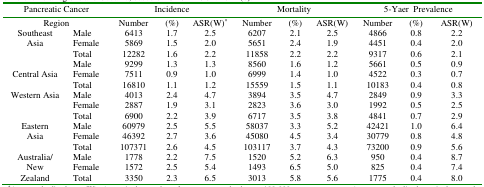
| <COLSPAN=2> Pancreatic Cancer | <COLSPAN=3> Incidence | <COLSPAN=3> Mortality | <COLSPAN=3> 5-Yaer Prevalence |
 | <COLSPAN=2> Region | Number | (%) | ASR(W)* | Number | (%) | ASR(W) | Number | (%) | ASR(W) |
 | --- | --- | --- | --- | --- | --- | --- | --- | --- | --- | --- |
 | Southeast Asia | MaleFemaleTotal | 6413586912282 | 1.71.51.6 | 2.52.02.2 | 6207565111858 | 2.12.42.2 | 2.51.92.2 | 486644519317 | 0.80.40.6 | 2.22.02.1 |
 | Central Asia | MaleFemaleTotal | 9299751116810 | 1.30.91.1 | 1.31.01.2 | 8560699915559 | 1.61.41.5 | 1.21.01.1 | 5661452210183 | 0.50.30.4 | 0.90.70.8 |
 | Western Asia | MaleFemaleTotal | 401328876900 | 2.41.92.2 | 4.73.13.9 | 389428236717 | 3.53.63.5 | 4.73.03.8 | 284919924841 | 0.90.50.7 | 3.32.52.9 |
 | EasternAsia | MaleFemaleTotal | 6097946392107371 | 2.52.72.6 | 5.53.64.5 | 5803745080103117 | 3.34.53.7 | 5.23.44.3 | 424213077973200 | 1.00.80.9 | 6.44.85.6 |
 | Australia/NewZealand | MaleFemaleTotal | 177815723350 | 2.22.52.3 | 7.55.46.5 | 152014933013 | 5.26.55.8 | 6.35.05.6 | 9508251775 | 0.40.40.4 | 8.77.48.0 |